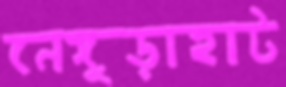
নেঙ্গুড়াহাট